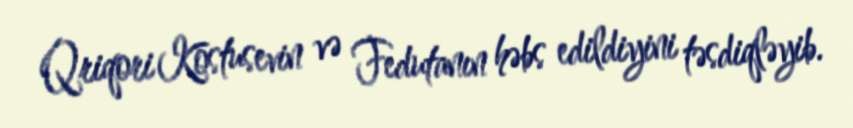
Qriqori Kostusevin və Fedutanın həbs edildiyini təsdiqləyib.